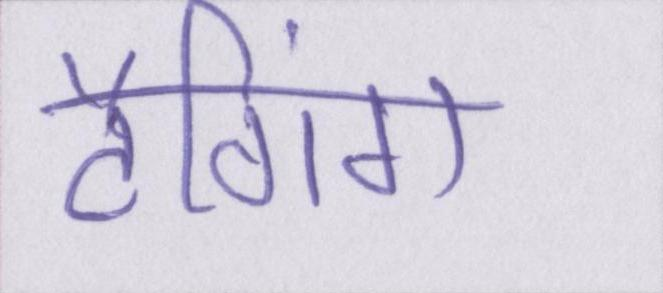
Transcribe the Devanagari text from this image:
टैगिंग